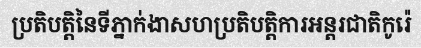
ប្រតិបត្តិនៃទីភ្នាក់ងាសហប្រតិបត្តិការអន្តរជាតិកូរ៉េ